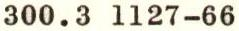
300.3 1127-66